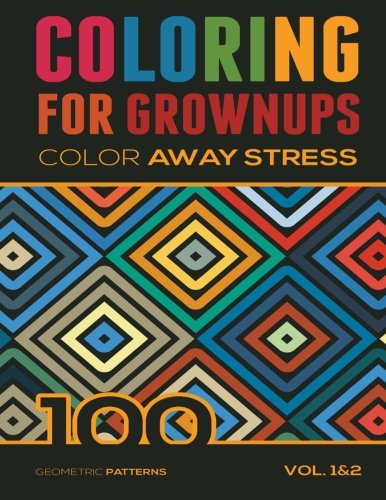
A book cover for Coloring For Grownups: Color Away Stress 100 Geometric Patterns Vol. 1&2 (Volume 3); Lamees A.; Arts & Photography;